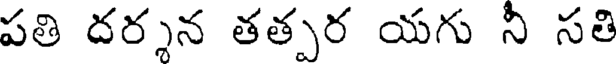
పతి దర్శన తత్పర యగు నీ సతి